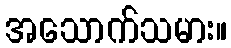
အသောက်သမား။